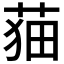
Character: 𦲡